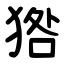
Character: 㹾